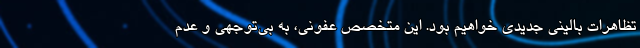
تظاهرات بالینی جدیدی خواهیم بود. این متخصص عفونی، به بی‌توجهی و عدم